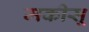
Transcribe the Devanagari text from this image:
मकीसू